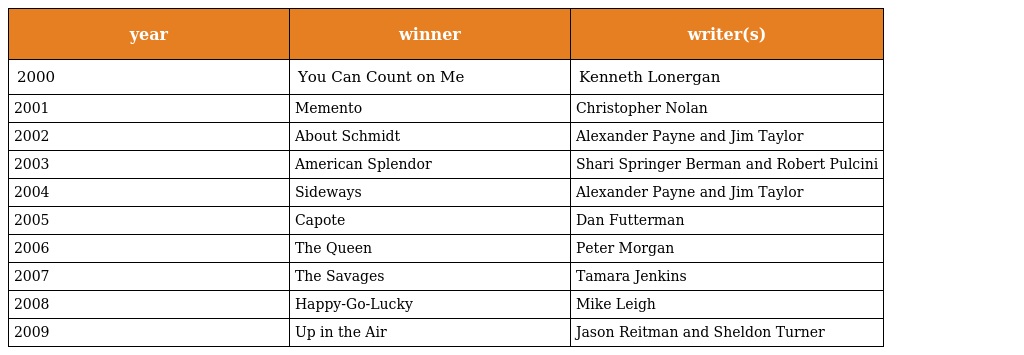
| year | winner | writer(s) |
 | --- | --- | --- |
 | 2000 | You Can Count on Me | Kenneth Lonergan |
 | 2001 | Memento | Christopher Nolan |
 | 2002 | About Schmidt | Alexander Payne and Jim Taylor |
 | 2003 | American Splendor | Shari Springer Berman and Robert Pulcini |
 | 2004 | Sideways | Alexander Payne and Jim Taylor |
 | 2005 | Capote | Dan Futterman |
 | 2006 | The Queen | Peter Morgan |
 | 2007 | The Savages | Tamara Jenkins |
 | 2008 | Happy-Go-Lucky | Mike Leigh |
 | 2009 | Up in the Air | Jason Reitman and Sheldon Turner |